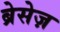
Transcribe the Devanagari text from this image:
ब्रेसेज़